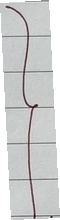
}